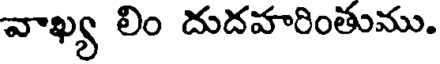
వాఖ్య లిం దుదవారింతుము.